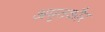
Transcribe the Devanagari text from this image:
अमृतकौर